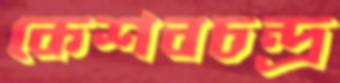
কেশবচন্দ্র